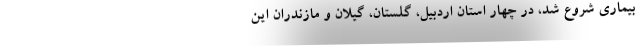
بیماری شروع شد، در چهار استان اردبیل، گلستان، گیلان و مازندران این